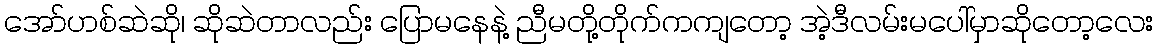
အော်ဟစ်ဆဲဆို၊ ဆိုဆဲတာလည်း ပြောမနေနဲ့ ညီမတို့တိုက်ကကျတော့ အဲ့ဒီလမ်းမပေါ်မှာဆိုတော့လေး